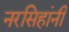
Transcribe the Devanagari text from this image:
नरसिहांनी